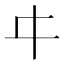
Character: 㐄